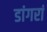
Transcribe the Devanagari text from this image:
डांगरां